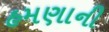
હમણાની